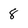
Character: 8